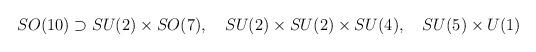
LaTeX: \begin{align*}SO(10) \supset SU(2) \times SO(7), \quad SU(2) \times SU(2) \times SU(4),\quad SU(5) \times U(1)\end{align*}